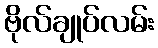
ဗိုလ်ချုပ်လမ်း